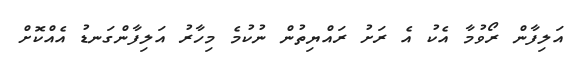
އަލިފާން ރޯވުމާ އެކު އެ ރަށު ރައްޔިތުން ނުކުމެ މިހާރު އަލިފާންގަނޑު އެއްކޮށް